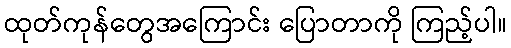
ထုတ်ကုန်တွေအကြောင်း ပြောတာကို ကြည့်ပါ။